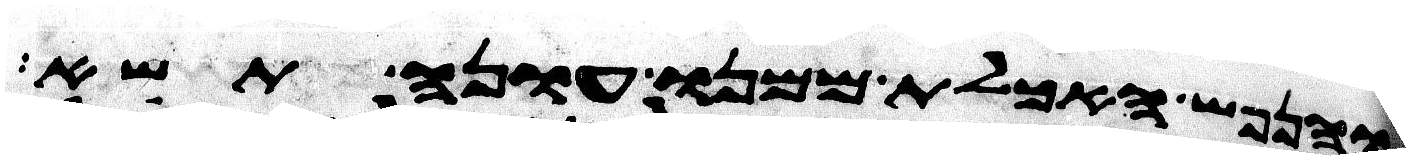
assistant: והנפש האכלת ממנו עונה תשא